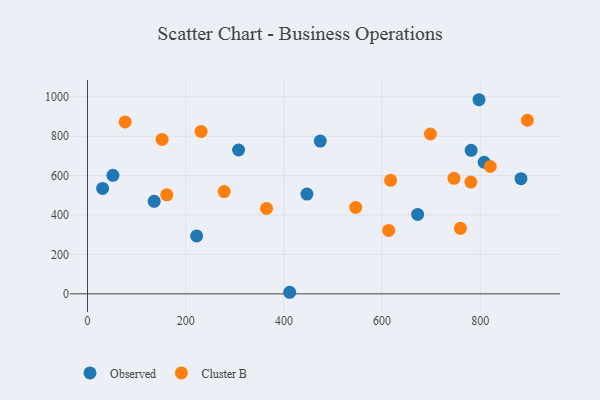
{"axis": {"x": "Engine Size", "y": "Sales"}, "legend": ["Cluster B", "Observed"], "data": [{"x": "474.1", "y": 775.6, "type": "Observed"}, {"x": "222.3", "y": 294.1, "type": "Observed"}, {"x": "672.4", "y": 403.2, "type": "Observed"}, {"x": "446.9", "y": 506.2, "type": "Observed"}, {"x": "51.8", "y": 601.8, "type": "Observed"}, {"x": "781.4", "y": 728.7, "type": "Observed"}, {"x": "135.8", "y": 469.7, "type": "Observed"}, {"x": "807.9", "y": 667.9, "type": "Observed"}, {"x": "797.4", "y": 985.3, "type": "Observed"}, {"x": "882.9", "y": 584.3, "type": "Observed"}, {"x": "307.7", "y": 730.0, "type": "Observed"}, {"x": "30.8", "y": 535.1, "type": "Observed"}, {"x": "411.8", "y": 7.9, "type": "Observed"}, {"x": "278.3", "y": 518.9, "type": "Cluster B"}, {"x": "698.4", "y": 811.4, "type": "Cluster B"}, {"x": "746.4", "y": 586.4, "type": "Cluster B"}, {"x": "161.4", "y": 502.7, "type": "Cluster B"}, {"x": "895.9", "y": 881.0, "type": "Cluster B"}, {"x": "613.5", "y": 321.8, "type": "Cluster B"}, {"x": "759.5", "y": 332.3, "type": "Cluster B"}, {"x": "152.0", "y": 783.6, "type": "Cluster B"}, {"x": "231.4", "y": 824.2, "type": "Cluster B"}, {"x": "364.6", "y": 433.2, "type": "Cluster B"}, {"x": "820.4", "y": 646.4, "type": "Cluster B"}, {"x": "546.3", "y": 438.4, "type": "Cluster B"}, {"x": "76.7", "y": 872.7, "type": "Cluster B"}, {"x": "617.3", "y": 576.2, "type": "Cluster B"}, {"x": "780.9", "y": 567.3, "type": "Cluster B"}]}